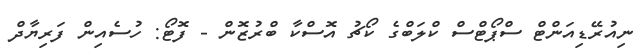
ނިއުރޭޑިއަންޓް ސްޕޯޓްސް ކްލަބްގެ ކޯޗު އޮސްކާ ބްރުޒޮން - ފޮޓޯ: ހުސެއިން ފަރިޔާދް